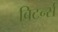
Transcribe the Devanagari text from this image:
बिटर्न्‍स